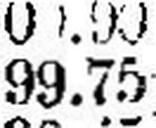
99.75